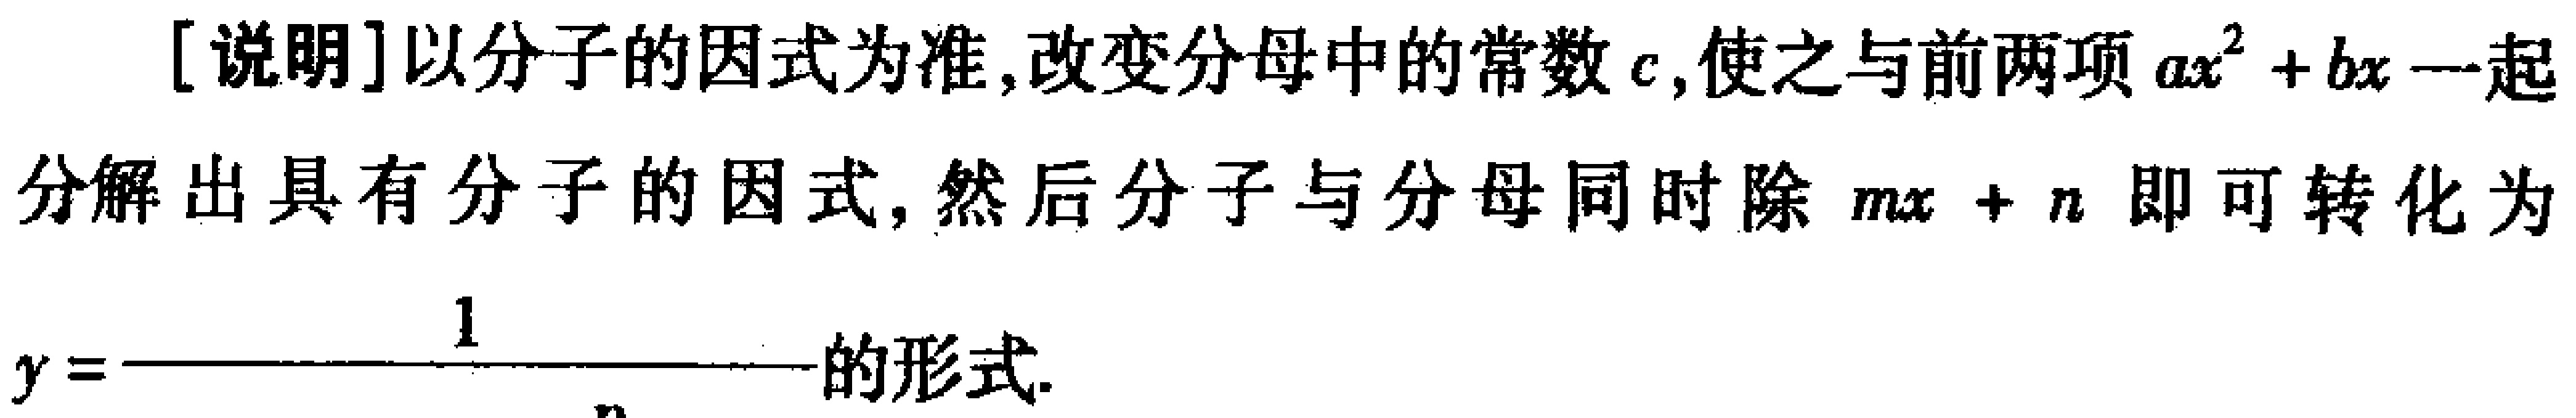
[说明]以分子的因式为准,改变分母中的常数 \(c\),使之与前两项 \(ax^{2}+bx\)一起分解出具有分子的因式,然后分子与分母同时除 \(mx + n\) 即可转化为

\[y = \frac{1}{\quad}\]的形式.